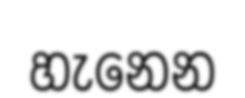
හැනෙන